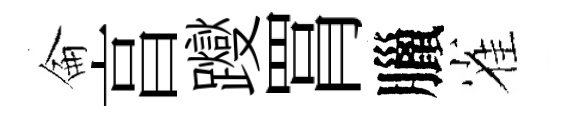
侖亯躞罥臘雀